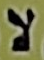
لا